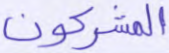
المشركون